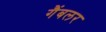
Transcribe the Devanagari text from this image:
गैंबलर